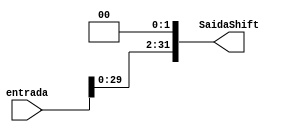
module Shift_Left2 (entrada, SaidaShift);
  input [31:0] entrada;
  output reg [31:0] SaidaShift;
    
  always @(*) begin  //sempre que mudar a entrada faa
    SaidaShift = entrada << 2;
  end
endmodule